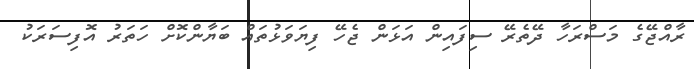
ރާއްޖޭގެ މަސްރަހާ ދޭތެރޭ ސިފައިން އަޅަން ޖެހޭ ފިޔަވަޅުތައް ބަޔާންކޮށް ހަތަރު އޮފިސަރަކު